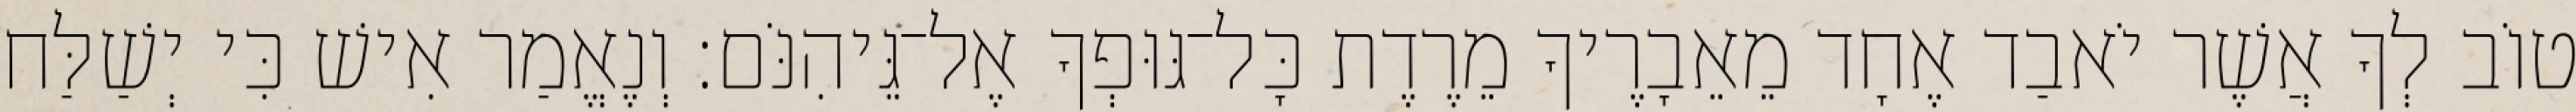
טוֹב לְךָ אֲשֶׁר יֹאבַד אֶחָד מֵאֵבָרֶיךָ מֵרֶדֶת כָּל־גּוּפְךָ אֶל־גֵּיהִנֹּם׃ וְנֶאֱמַר אִישׁ כִּי יְשַׁלַּח